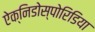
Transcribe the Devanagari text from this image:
ऐक्निडोस्पोरिडिया